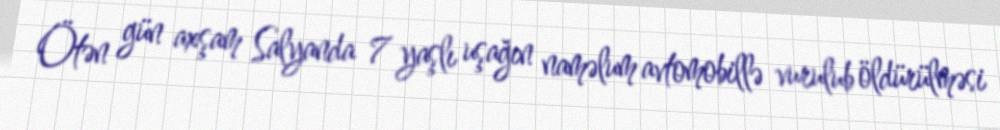
Ötən gün axşam Salyanda 7 yaşlı uşağın naməlum avtomobillə vurulub öldürülməsi